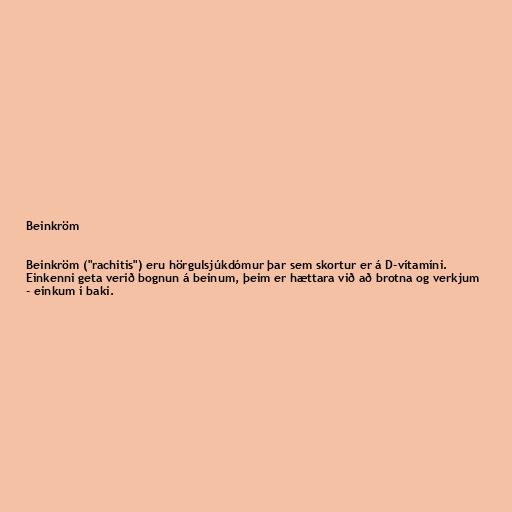
Beinkröm

Beinkröm ("rachitis") eru hörgulsjúkdómur þar sem skortur er á D-vítamíni.
Einkenni geta verið bognun á beinum, þeim er hættara við að brotna og verkjum
- einkum í baki.